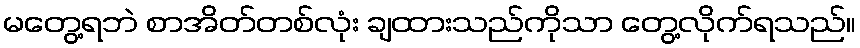
မတွေ့ရဘဲ စာအိတ်တစ်လုံး ချထားသည်ကိုသာ တွေ့လိုက်ရသည်။